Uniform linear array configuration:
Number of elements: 64
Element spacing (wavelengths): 0.5
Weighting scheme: exponential
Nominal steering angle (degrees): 15
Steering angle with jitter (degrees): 14.408
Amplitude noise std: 0.05
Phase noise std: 0.05

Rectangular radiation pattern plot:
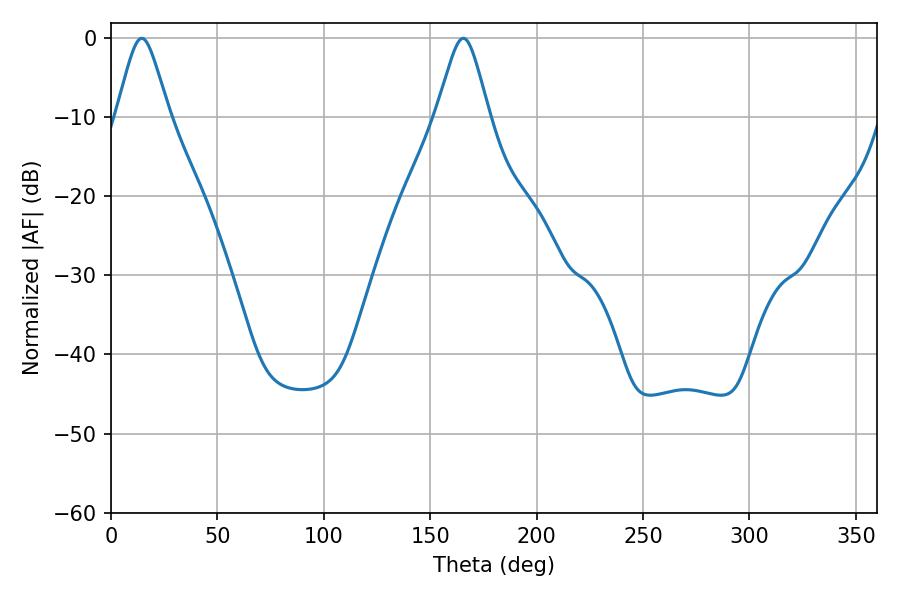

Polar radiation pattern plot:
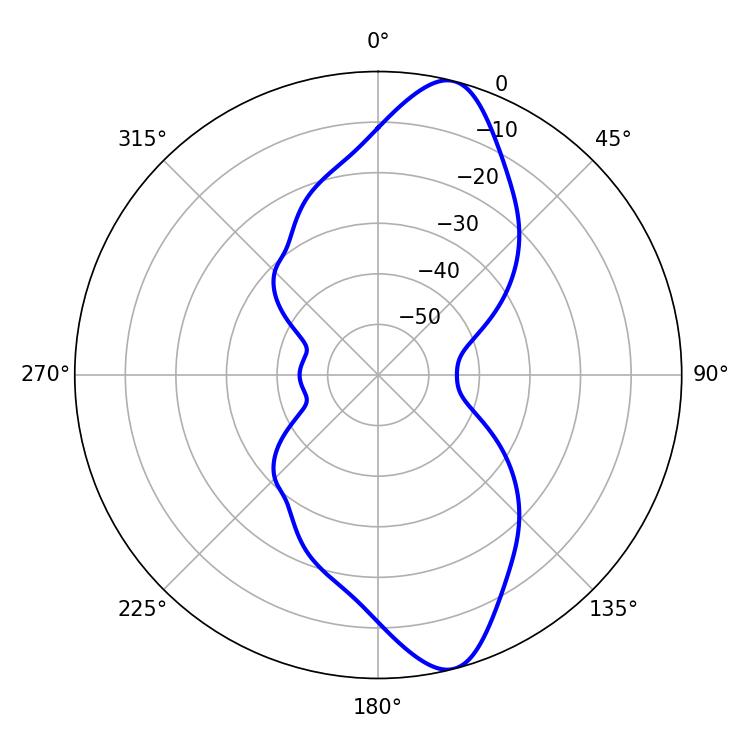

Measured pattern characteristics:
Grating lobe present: FALSE
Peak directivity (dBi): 11.89
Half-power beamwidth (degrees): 11.88
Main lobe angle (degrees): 14.4